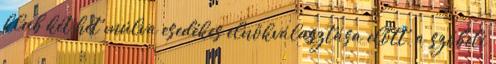
klub két hét múlva esedékes elnökválasztása előtt, a szóbeli